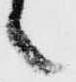
之